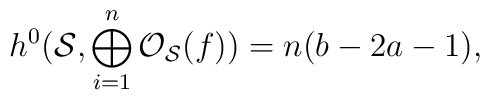
h^{0} ({\cal S}, \bigoplus_{i=1}^{n}{\cal O}_{\cal S}(f))= n(b-2a-1),